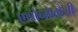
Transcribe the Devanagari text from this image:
एथोनोलौजी